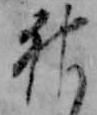
神